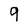
Character: 9